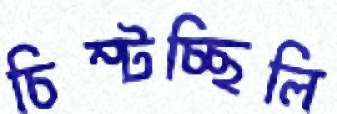
চিম্‌টচ্ছিলি